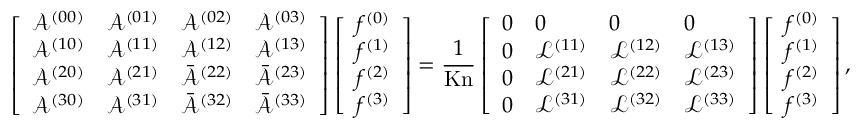
\left[ \begin{array} { l l l l } { \mathcal { A } ^ { ( 0 0 ) } } & { \mathcal { A } ^ { ( 0 1 ) } } & { \mathcal { A } ^ { ( 0 2 ) } } & { \mathcal { A } ^ { ( 0 3 ) } } \\ { \mathcal { A } ^ { ( 1 0 ) } } & { \mathcal { A } ^ { ( 1 1 ) } } & { \mathcal { A } ^ { ( 1 2 ) } } & { \mathcal { A } ^ { ( 1 3 ) } } \\ { \mathcal { A } ^ { ( 2 0 ) } } & { \mathcal { A } ^ { ( 2 1 ) } } & { \bar { \mathcal { A } } ^ { ( 2 2 ) } } & { \bar { \mathcal { A } } ^ { ( 2 3 ) } } \\ { \mathcal { A } ^ { ( 3 0 ) } } & { \mathcal { A } ^ { ( 3 1 ) } } & { \bar { \mathcal { A } } ^ { ( 3 2 ) } } & { \bar { \mathcal { A } } ^ { ( 3 3 ) } } \end{array} \right] \left[ \begin{array} { l } { f ^ { ( 0 ) } } \\ { f ^ { ( 1 ) } } \\ { f ^ { ( 2 ) } } \\ { f ^ { ( 3 ) } } \end{array} \right] = \frac { 1 } { \mathrm { K n } } \left[ \begin{array} { l l l l } { 0 } & { 0 } & { 0 } & { 0 } \\ { 0 } & { \mathcal { L } ^ { ( 1 1 ) } } & { \mathcal { L } ^ { ( 1 2 ) } } & { \mathcal { L } ^ { ( 1 3 ) } } \\ { 0 } & { \mathcal { L } ^ { ( 2 1 ) } } & { \mathcal { L } ^ { ( 2 2 ) } } & { \mathcal { L } ^ { ( 2 3 ) } } \\ { 0 } & { \mathcal { L } ^ { ( 3 1 ) } } & { \mathcal { L } ^ { ( 3 2 ) } } & { \mathcal { L } ^ { ( 3 3 ) } } \end{array} \right] \left[ \begin{array} { l } { f ^ { ( 0 ) } } \\ { f ^ { ( 1 ) } } \\ { f ^ { ( 2 ) } } \\ { f ^ { ( 3 ) } } \end{array} \right] ,